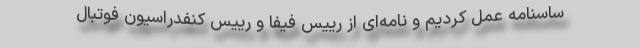
ساسنامه عمل کردیم و نامه‌ای از رییس فیفا و رییس کنفدراسیون فوتبال